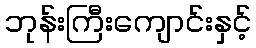
ဘုန်းကြီးကျောင်းနှင့်